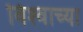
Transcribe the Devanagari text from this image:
विश्‍वाच्‍या